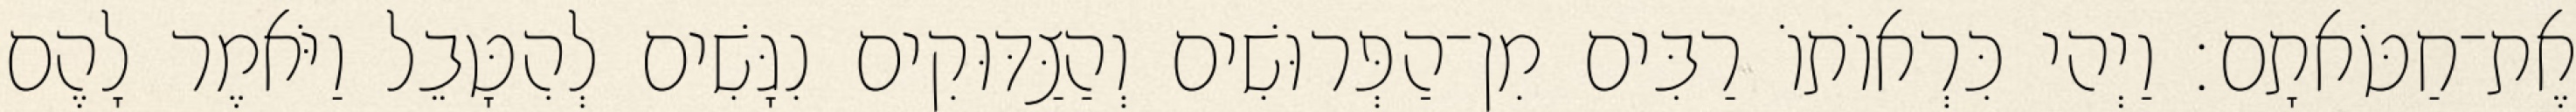
אֶת־חַטֹּאתָם׃ וַיְהי כִּרְאוֹתוֹ רַבִּים מִן־הַפְּרוּשִׁים וְהַצַּדּוּקִים נִגָּשִׁים לְהִטָּבֵל וַיֹּאמֶר לָהֶם